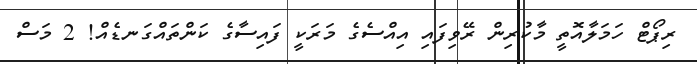
ރިޕޯޓް ހަމަލާއޮތީ މާކުރިން ރޭވިފައި އިއްސެގެ މަރަކީ ފައިސާގެ ކަންތައްގަނޑެއް! 2 މަސް